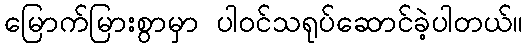
မြောက်မြားစွာမှာ ပါဝင်သရုပ်ဆောင်ခဲ့ပါတယ်။